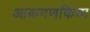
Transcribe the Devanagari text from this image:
आक्रमणकिया